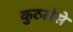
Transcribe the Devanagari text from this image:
कुठलेसे